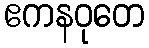
ဧကနဝုတေ